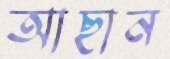
আছান